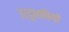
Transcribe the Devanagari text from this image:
उर्दूभाषियों